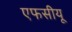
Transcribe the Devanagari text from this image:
एफसीयू